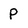
Character: p